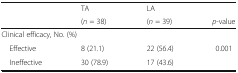
<table><thead><tr><td rowspan="2"></td><td><b>TA</b></td><td><b>LA</b></td><td></td></tr><tr><td><b>(<i>n</i> = 38)</b></td><td><b>(<i>n</i> = 39)</b></td><td><b><i>p</i>-value</b></td></tr></thead><tbody><tr><td colspan="4">Clinical efficacy, No. (%)</td></tr><tr><td> Effective</td><td>8 (21.1)</td><td>22 (56.4)</td><td>0.001</td></tr><tr><td> Ineffective</td><td>30 (78.9)</td><td>17 (43.6)</td><td></td></tr></tbody></table>